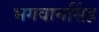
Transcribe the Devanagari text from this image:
भगवानसिंह